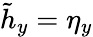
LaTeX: \tilde{h}_{y}=\eta_{y}